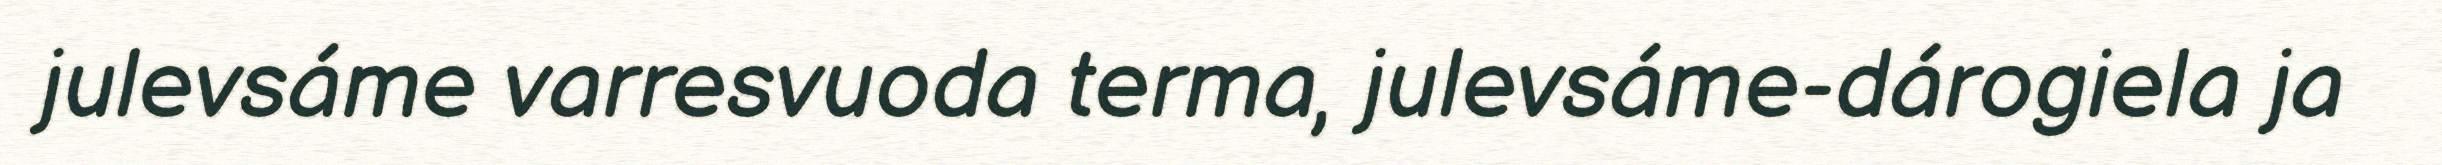
julevsáme varresvuoda terma, julevsáme-dárogiela ja